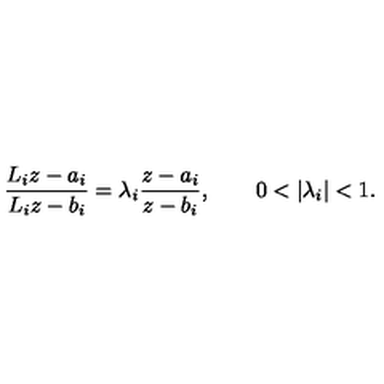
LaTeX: { \frac { L _ { i } z - a _ { i } } { L _ { i } z - b _ { i } } } = \lambda _ { i } { \frac { z - a _ { i } } { z - b _ { i } } } , \qquad 0 < | \lambda _ { i } | < 1 .